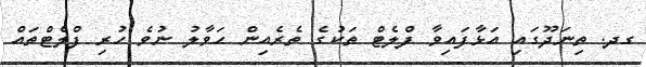
ގދ. ތިނަދޫގައި އަޅާފައިވާ ފްލެޓް ތަކުގެ ތެރެއިން ޙަވާލު ނުވެ ހުރި ފްލެޓްތައް